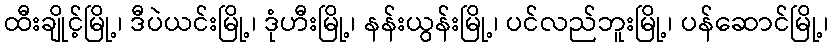
ထီးချိုင့်မြို့၊ ဒီပဲယင်းမြို့၊ ဒုံဟီးမြို့၊ နန်းယွန်းမြို့၊ ပင်လည်ဘူးမြို့၊ ပန်ဆောင်မြို့၊